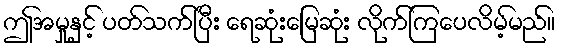
ဤအမှုနှင့် ပတ်သက်ပြီး ရေဆုံးမြေဆုံး လိုက်ကြပေလိမ့်မည်။